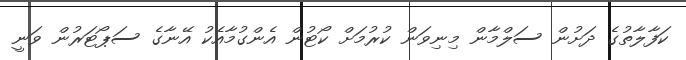
ކަފާލާތުގެ ދަށުން ސަލްމާން މިނިވަން ކުރުމަށް ކޯޓުން އެންގުމާއެކު އޭނާގެ ސަޕޯޓަރުން ވަނީ